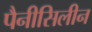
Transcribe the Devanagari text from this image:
पैनीसिलीन